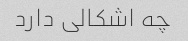
چه اشکالی دارد